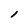
Character: l